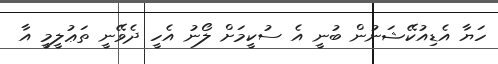
ހަޔާ އެޑިއުކޭޝަނުން ބުނީ އެ ސުކީމަށް ލޯނު އެހީ ދެވޭނީ ތަޢުލީމީ އާ